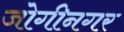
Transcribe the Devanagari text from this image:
जोगीनगर